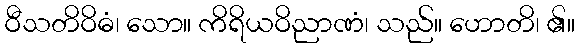
ဝီသတိဝိဓံ၊ သော။ ကိရိယဝိညာဏံ၊ သည်။ ဟောတိ၊ ၏။